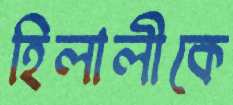
হিলালীকে